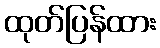
ထုတ်ပြန်ထား